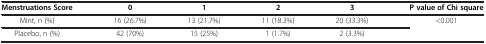
<table><thead><tr><td><b>Menstruations Score</b></td><td><b>0</b></td><td><b>1</b></td><td><b>2</b></td><td><b>3</b></td><td><b>P value of Chi square</b></td></tr></thead><tbody><tr><td>Mint, n (%)</td><td>16 (26.7%)</td><td>13 (21.7%)</td><td>11 (18.3%)</td><td>20 (33.3%)</td><td>&lt;0.001</td></tr><tr><td>Placebo, n (%)</td><td>42 (70%)</td><td>15 (25%)</td><td>1 (1.7%)</td><td>2 (3.3%)</td><td> </td></tr></tbody></table>